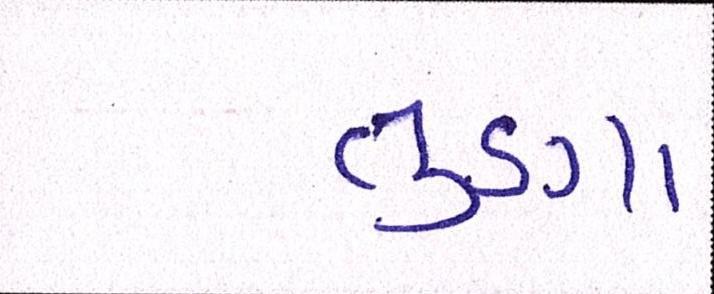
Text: તુણા